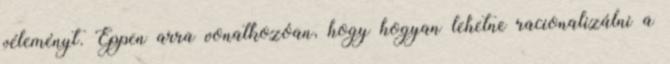
véleményt. Éppen arra vonatkozóan, hogy hogyan lehetne racionalizálni a